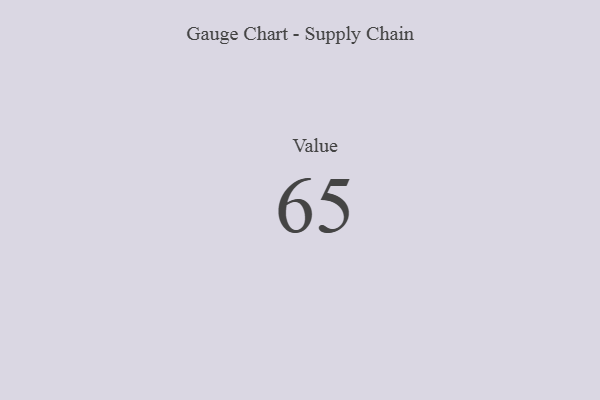
{"axis": {"x": "Metric", "y": "Value"}, "legend": [""], "data": [{"x": "Value", "y": 65, "type": ""}]}